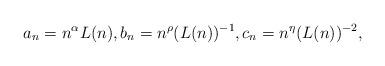
LaTeX: \begin{align*}a_n= n^{\alpha}L(n),b_n=n^{\rho}(L(n))^{-1},c_n=n^{\eta} (L(n))^{-2},\end{align*}